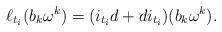
LaTeX: \begin{align*}\ell_{t_{i}} ( b_{k} \omega^{k} ) =( i_{t_{i}} d +d i_{t_{i}} )( b_{k} \omega^{k} ).\end{align*}